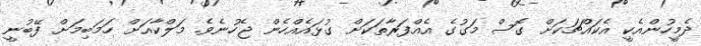
ދެމީހުންއެކީ އެކައްޗަކަށް ގޮސް މަގުގެ އެއްފަރާތަކަށް ގުޅައެއްހެން ޖެހުނެވެ. މަލްކާއަށް ހަމަބިމަށް ފޭބުނީ